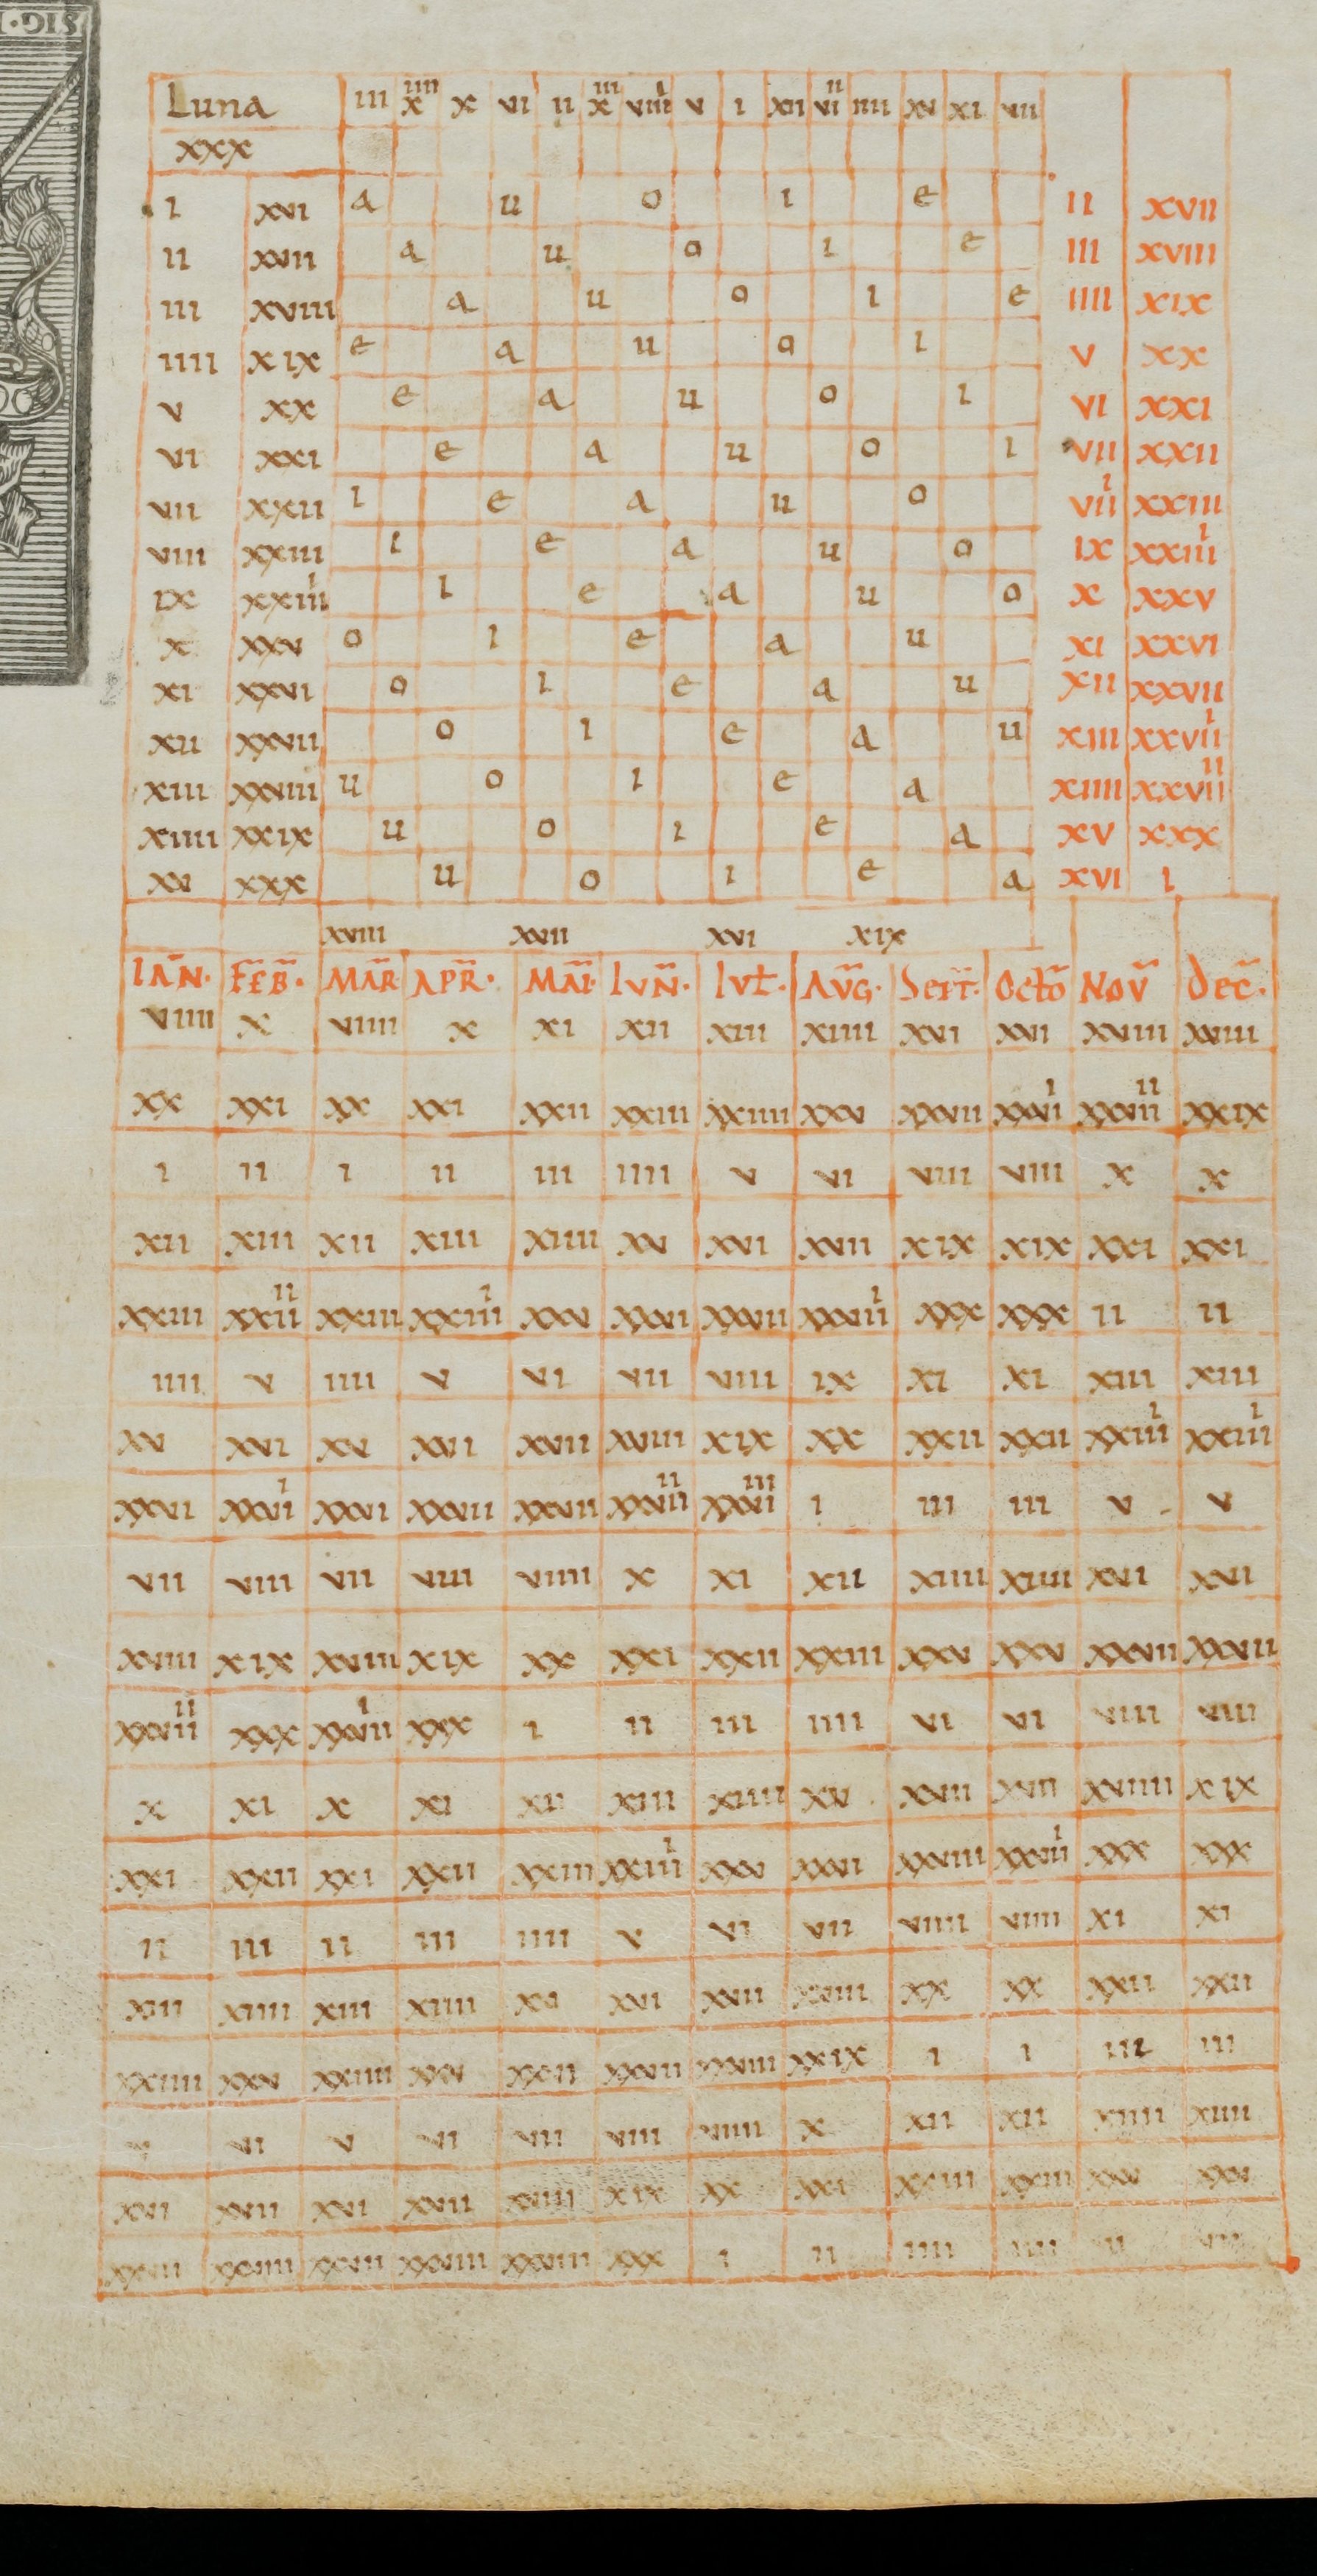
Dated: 900–1199